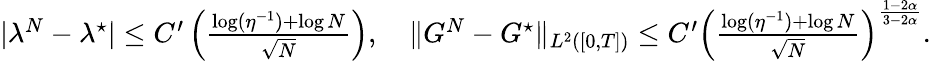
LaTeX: \textstyle|\lambda^{N}-\lambda^{\star}|\le C^{\prime}\left(\frac{\log({\eta}^{-1})+\log N}{\sqrt{N}}\right),\quad\| G^{N}-G^{\star}\| _{L^{2}([0,T])}\le C^{\prime}\left(\frac{\log({\eta}^{-1})+\log N}{\sqrt{N}}\right)^{\frac{1-2\alpha}{3-2\alpha}}.